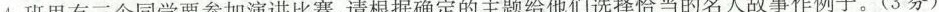
4.班里有三个同学要参加演讲比赛，请根据确定的主题给他们选择恰当的名人故事作例子。(3分)